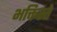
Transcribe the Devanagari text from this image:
भक्तिस्ते